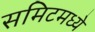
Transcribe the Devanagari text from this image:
समिटमध्ये